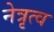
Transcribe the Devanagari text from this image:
नेत्रृत्व